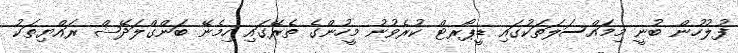
ފުލުހުން ބުނީ މިމައްސަލަތަކުގައި ޑީޕޯރޓް ކުރެވުނު މީހުންގެ ތެރޭގައި ހިމެނޭ ބަންގްލަދޭޝް ރައްޔިތަކު